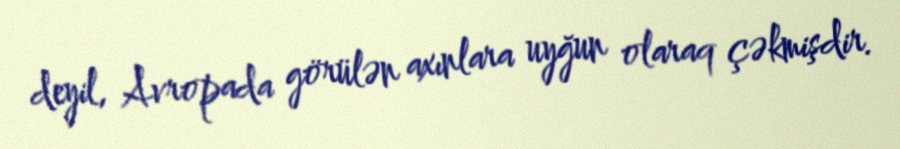
deyil, Avropada görülən axınlara uyğun olaraq çəkmişdir.